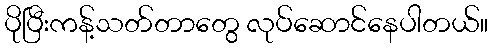
ပိုပြီးကန့်သတ်တာတွေ လုပ်ဆောင်နေပါတယ်။